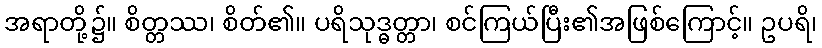
အရာတို့၌။ စိတ္တဿ၊ စိတ်၏။ ပရိသုဒ္ဓတ္တာ၊ စင်ကြယ်ပြီး၏အဖြစ်ကြောင့်။ ဥပရိ၊